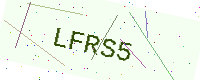
Text: LFRS5